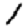
Digit: 1